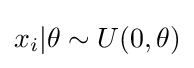
x_{i}|\theta \sim U(0,\theta )